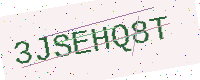
Text: 3JSEHQ8T